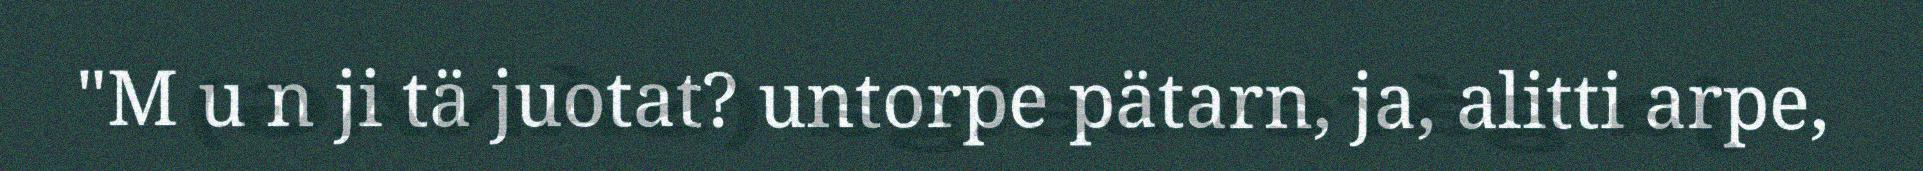
"M u n ji tä juotat? untorpe pätarn, ja, alitti arpe,